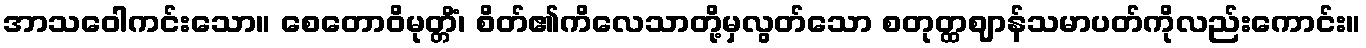
အာသဝေါကင်းသော။ စေတောဝိမုတ္တိံ၊ စိတ်၏ကိလေသာတို့မှလွတ်သော စတုတ္ထဈာန်သမာပတ်ကိုလည်းကောင်း။